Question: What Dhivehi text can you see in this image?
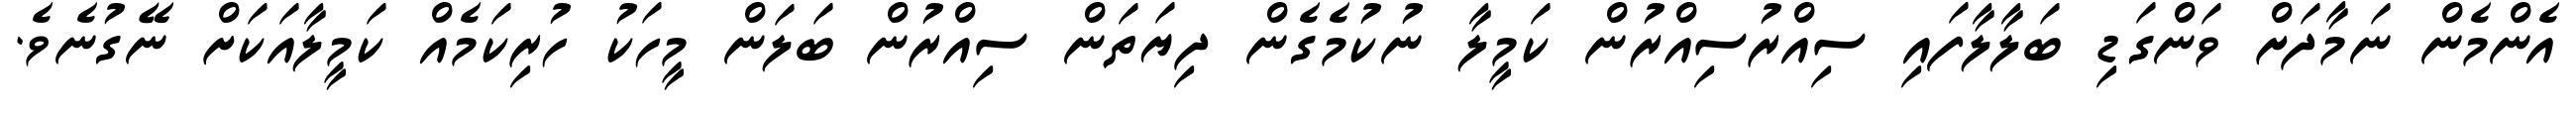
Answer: އެންމެން ނަމާދަށް ވަންގަޑި ބަލާލާފައި ސިއްރުސިއްރުން ކަމީލާ ނުކުމެގެން ދިޔަތަން ސިއްރުން ބަލަން މީހަކު ހުރިކަމެއް ކަމީލާއަކަށް ނޭގުނެވެ.